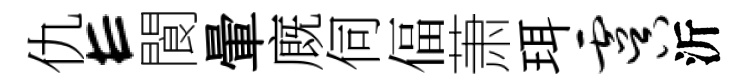
仇E閬暈廐伺偪萧珥虞沂